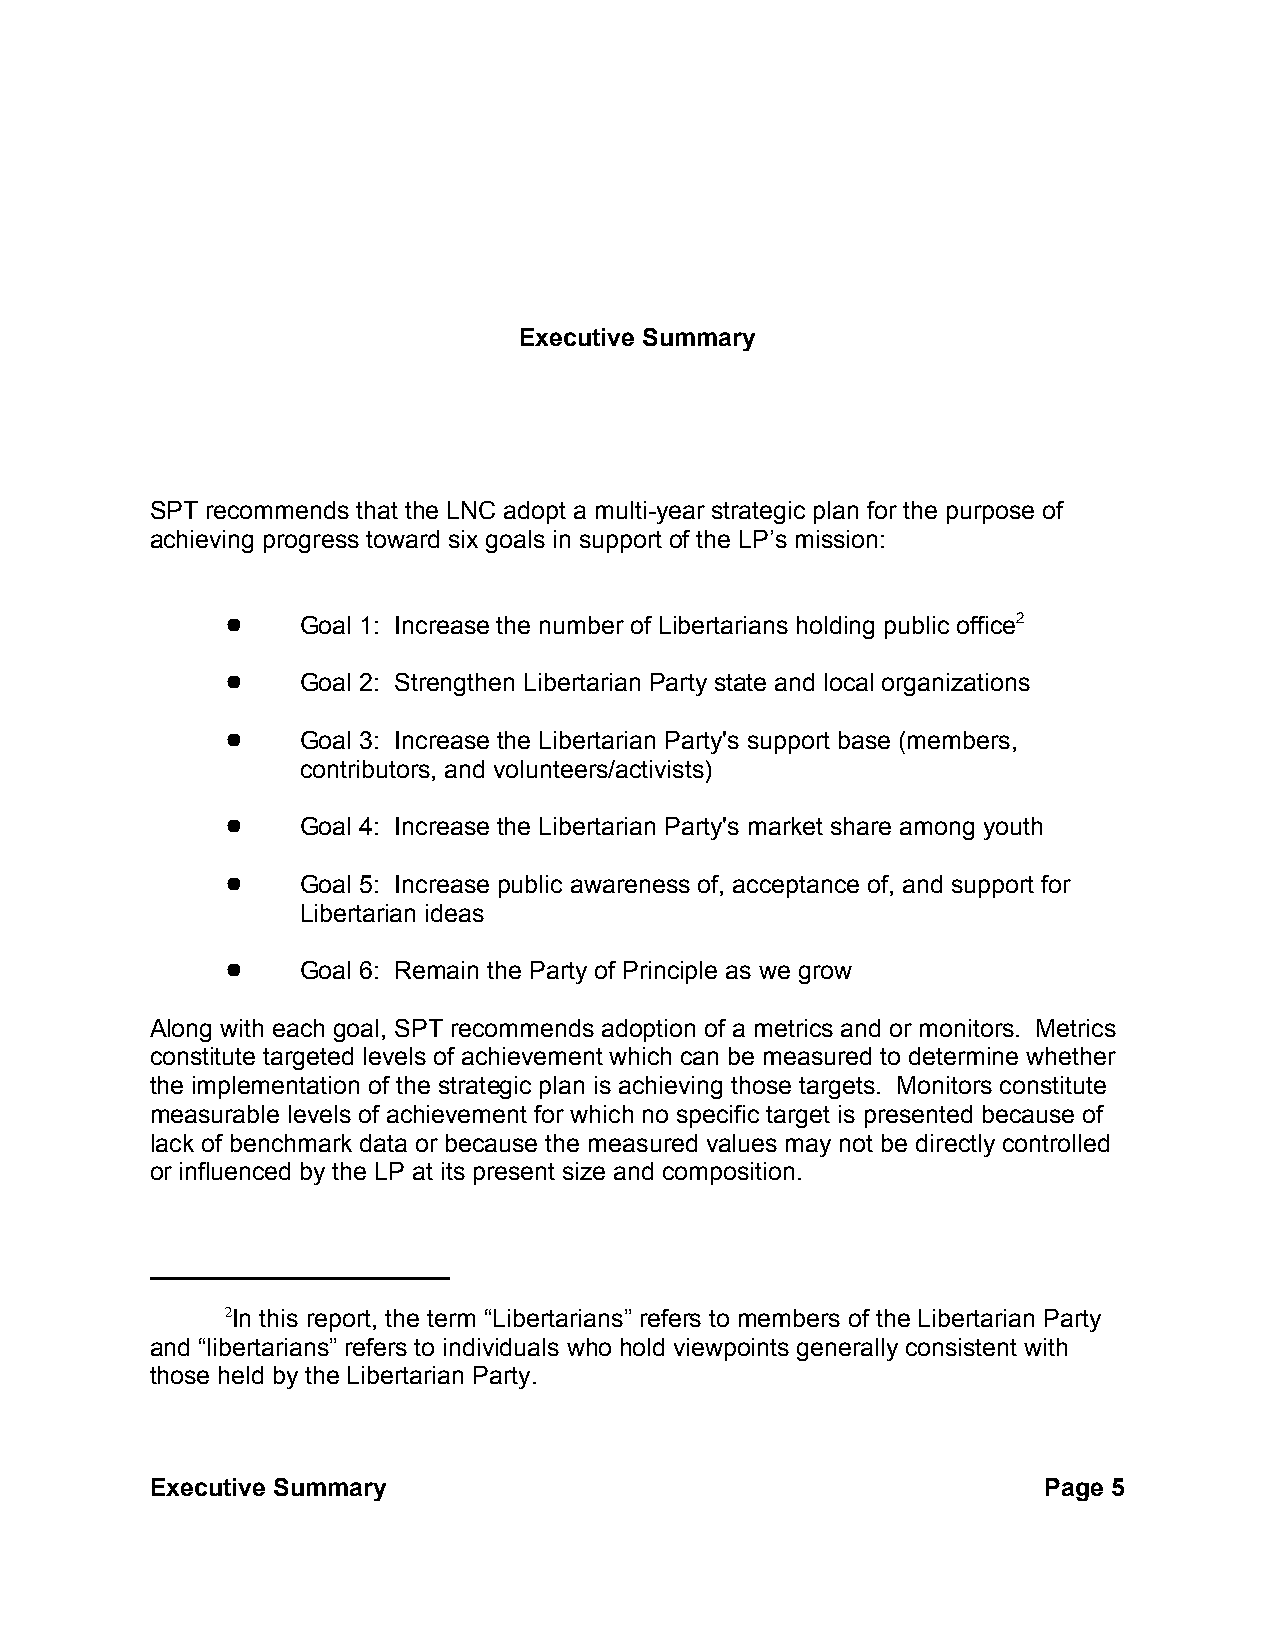
Executive Summary
 SPT recommends that the LNC adopt a multi-year strategic plan for the purpose of
 achieving progress toward six goals in support of the LP’s mission:
 !    Goal 1: Increase the number of Libertarians holding public office2
 !    Goal 2: Strengthen Libertarian Party state and local organizations
 !    Goal 3: Increase the Libertarian Party's support base (members,
 contributors, and volunteers/activists)
 !    Goal 4: Increase the Libertarian Party's market share among youth
 !    Goal 5: Increase public awareness of, acceptance of, and support for
 Libertarian ideas
 !    Goal 6: Remain the Party of Principle as we grow
 Along with each goal, SPT recommends adoption of a metrics and or monitors. Metrics
 constitute targeted levels of achievement which can be measured to determine whether
 the implementation of the strategic plan is achieving those targets. Monitors constitute
 measurable levels of achievement for which no specific target is presented because of
 lack of benchmark data or because the measured values may not be directly controlled
 or influenced by the LP at its present size and composition.
 2In this report, the term “Libertarians” refers to members of the Libertarian Party
 and “libertarians” refers to individuals who hold viewpoints generally consistent with
 those held by the Libertarian Party.
 Executive Summary                                          Page 5